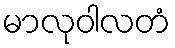
မာလုဝါလတံ